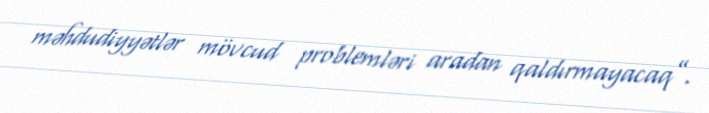
məhdudiyyətlər mövcud problemləri aradan qaldırmayacaq”.